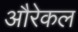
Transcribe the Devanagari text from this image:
औरेकल